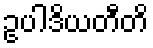
ဥပါဒိယတီတိ